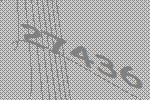
27436